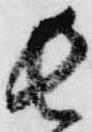
長